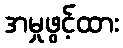
အမှုဖွင့်ထား